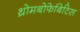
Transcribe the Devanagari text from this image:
थ्रोमबोफेबिटिस